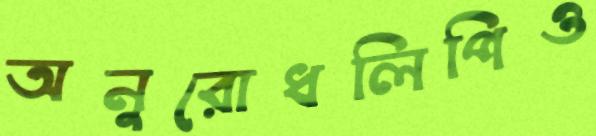
অনুরোধলিপিও